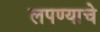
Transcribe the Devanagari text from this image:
लपण्याचे